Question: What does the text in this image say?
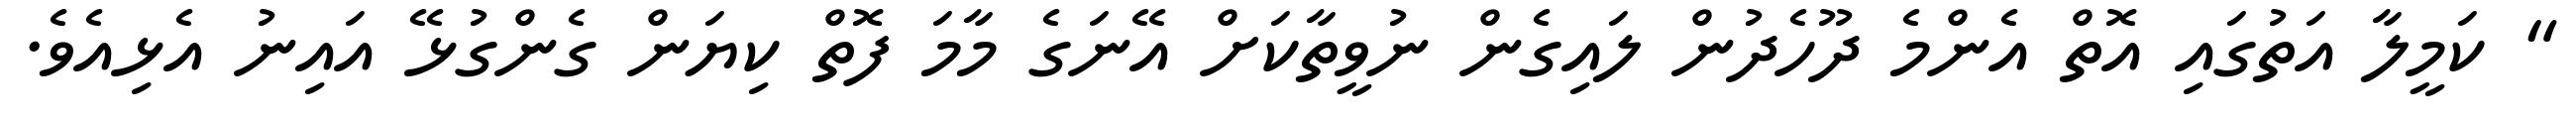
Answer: " ކަމީލާ އަތުގައި އޮތް އެންމެ ދޫހެދުން ލައިގެން ނުވީތާކަށް އޭނަގެ މާމަ ފޮތް ކިޔަން ގެންގުޅޭ އައިނު އެޅިއެވެ.